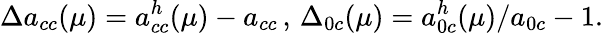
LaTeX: \Delta a_{cc}(\mu)=a_{cc}^{h}(\mu)-a_{cc}\, ,\, \Delta_{0c}(\mu)=a_{0c}^{h}(\mu)/a_{0c}-1.